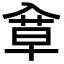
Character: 䓥